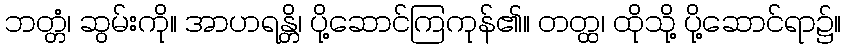
ဘတ္တံ၊ ဆွမ်းကို။ အာဟရန္တိ၊ ပို့ဆောင်ကြကုန်၏။ တတ္ထ၊ ထိုသို့ ပို့ဆောင်ရာ၌။